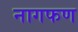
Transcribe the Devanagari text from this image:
नागफण